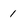
Character: 1